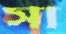
সা